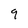
Character: 9